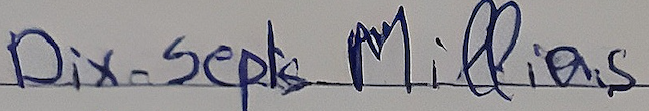
Dix-Septs Millions